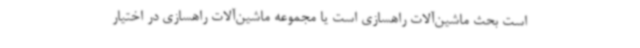
است بحث ماشین‌آلات راهسازی است یا مجموعه ماشین‌آلات راهسازی در اختیار